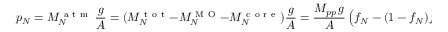
p _ { N } = M _ { N } ^ { \mathrm { ~ a ~ t ~ m ~ } } \, \frac { g } { A } = ( M _ { N } ^ { \mathrm { ~ t ~ o ~ t ~ } } - M _ { N } ^ { \mathrm { ~ M ~ O ~ } } - M _ { N } ^ { \mathrm { ~ c ~ o ~ r ~ e ~ } } ) \frac { g } { A } = \frac { M _ { p p } \, g } { A } \left( f _ { N } - ( 1 - f _ { N } ) \hat { f } _ { N } \right)